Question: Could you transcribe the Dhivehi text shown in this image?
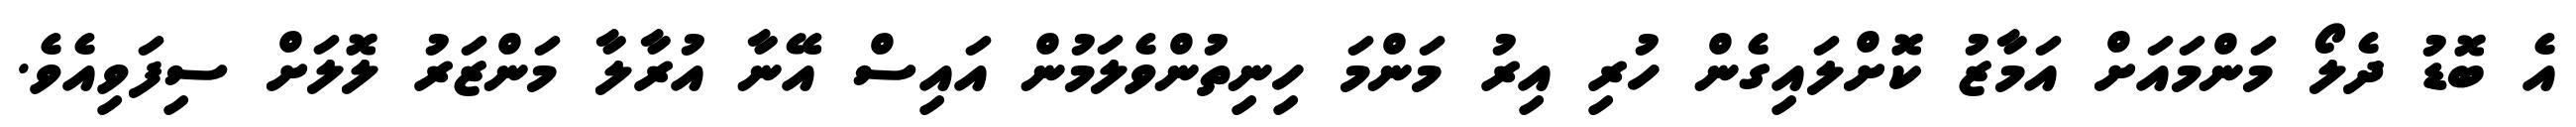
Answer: އެ ބޮޑު ދެލޯ މަންމައަށް އަމާޒު ކޮށްލައިގެން ހުރި އިރު މަންމަ ހިނިތުންވެލަމުން އައިސް އޭނާ އުރާލާ މަންޒަރު ލޮލަށް ސިފަވިއެވެ.